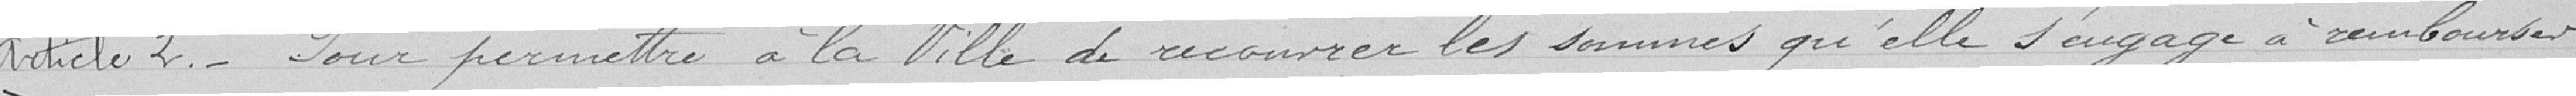
Article 2 - Pour permettre à la Ville de recouvrer les sommes qu'elle s'engage à rembourser